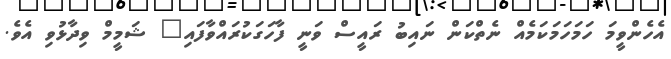
އެހެންވީމަ ހަމަހަމަކަމެއް ނެތްކަން ނައިބު ރައީސް ވަނީ ފާހަގަކުރައްވާފައި" ޝަމީމް ވިދާޅުވި އެވެ.